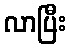
လာပြီး